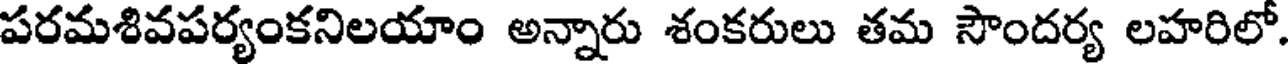
పరమశివపర్యంకనిలయాం అన్నారు శంకరులు తమ సౌందర్య లహరిలో.